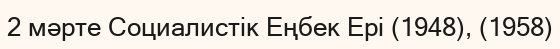
2 мәрте Социалистік Еңбек Ері (1948), (1958)